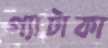
গ্যাটাকা